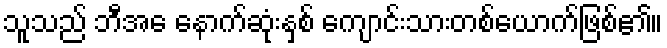
သူသည် ဘီအေ နောက်ဆုံးနှစ် ကျောင်းသားတစ်ယောက်ဖြစ်၏။